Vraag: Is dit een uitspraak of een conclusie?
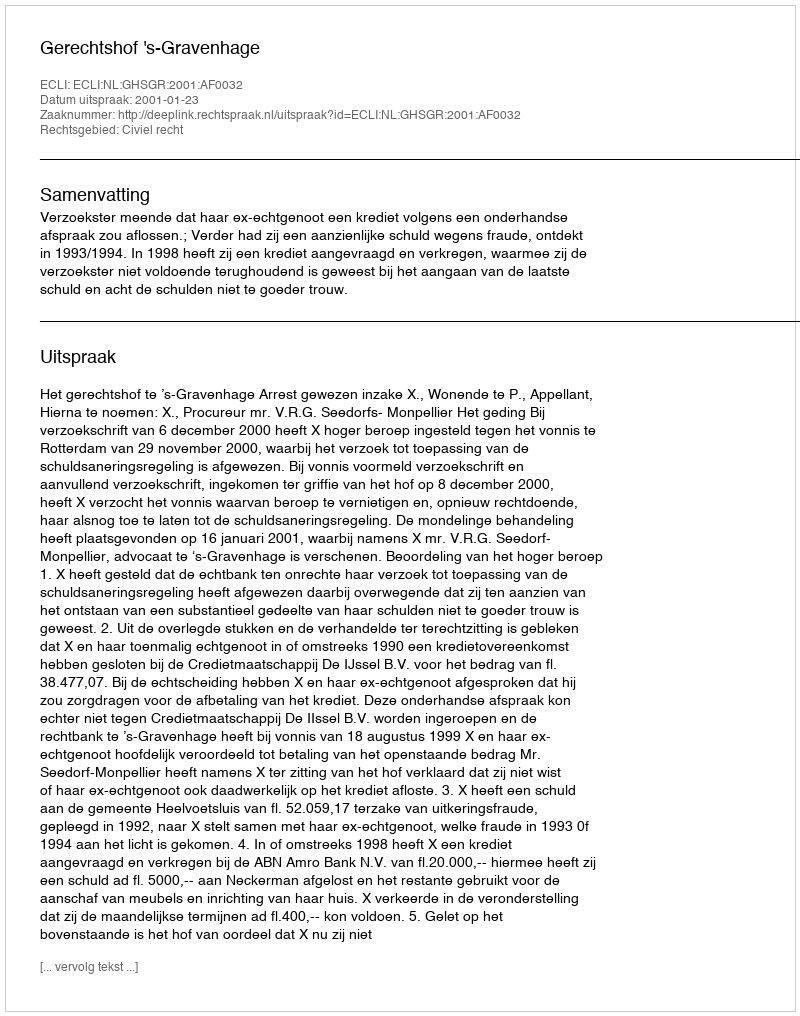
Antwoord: Uitspraak